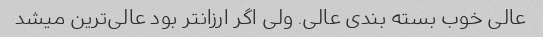
عالی خوب بسته بندی عالی. ولی اگر ارزانتر بود عالی‌ترین میشد